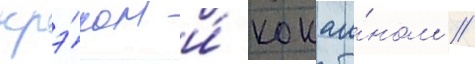
крэ́ком и́ кокаи́ном /